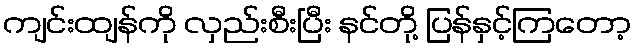
ကျင်းထျန်ကို လှည်းစီးပြီး နင်တို့ ပြန်နှင့်ကြတော့